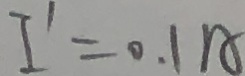
I ^ { \prime } = 0 . 1 A